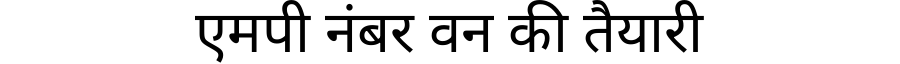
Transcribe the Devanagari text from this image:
एमपी नंबर वन की तैयारी